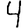
Digit: 4